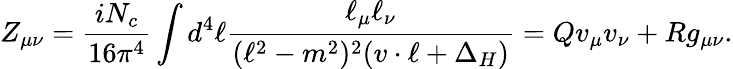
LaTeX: Z_{\mu\nu}=\frac{iN_{c}}{16\pi^{4}}\int d^{4}\ell\frac{\ell_{\mu}\ell_{\nu}}{(\ell^{2}-m^{2})^{2}(v\cdot\ell+\Delta_{H})}=Qv_{\mu}v_{\nu}+Rg_{\mu\nu}.